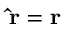
\mathbf { \hat { r } } = \mathbf { r } \,